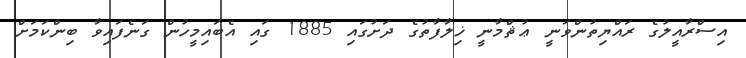
އިސްރާއީލުގެ ރައްޔިތުންވަނީ ޢުޘްމާނީ ޚިލާފާތުގެ ދަށުގައި 1885 ގައި އެބައިމީހުން ގަނެފައިވާ ބިންކަމަށް